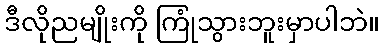
ဒီလိုညမျိုးကို ကြုံသွားဘူးမှာပါဘဲ။